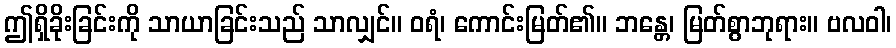
ဤရှိခိုးခြင်းကို သာယာခြင်းသည် သာလျှင်။ ဝရံ၊ ကောင်းမြတ်၏။ ဘန္တေ၊ မြတ်စွာဘုရား။ ဗလဝါ၊